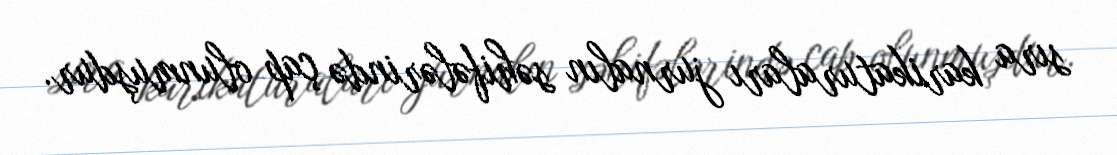
sıra karikaturaları jurnalın səhifələrində çap olunmuşdur.